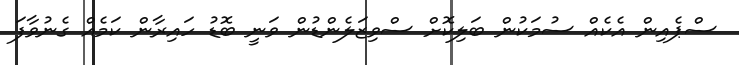
ސްޕެއިން އެކެއް ސުމަކުން ބަލިކޮށް ސްވިޒަލެންޑުން ވަނީ ބޮޑު ހައިރާން ކަމެއް ގެނުވާފަ